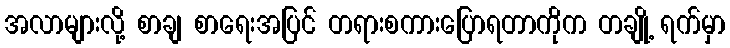
အလာများလို့ စာချ စာရေးအပြင် တရားစကားပြောရတာကိုက တချို့ ရက်မှာ